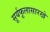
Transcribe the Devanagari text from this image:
सूर्यफूलासारखे